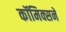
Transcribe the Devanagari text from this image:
कॉमिक्सने